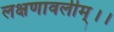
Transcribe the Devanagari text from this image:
लक्षणावलीम्।।